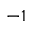
^ { - 1 }